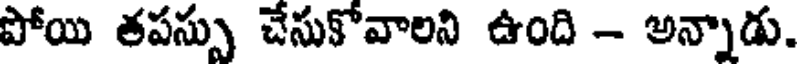
పోయి తపస్సు చేసుకోవాలని ఉంది - అన్నాడు.